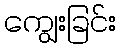
ကျွေးခြင်း